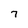
Character: 7